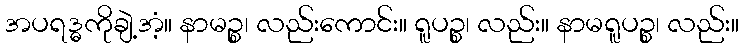
အပရဒ္ဓကိုချဲ့အံ့။ နာမဉ္စ၊ လည်းကောင်း။ ရူပဉ္စ၊ လည်း။ နာမရူပဉ္စ၊ လည်း။